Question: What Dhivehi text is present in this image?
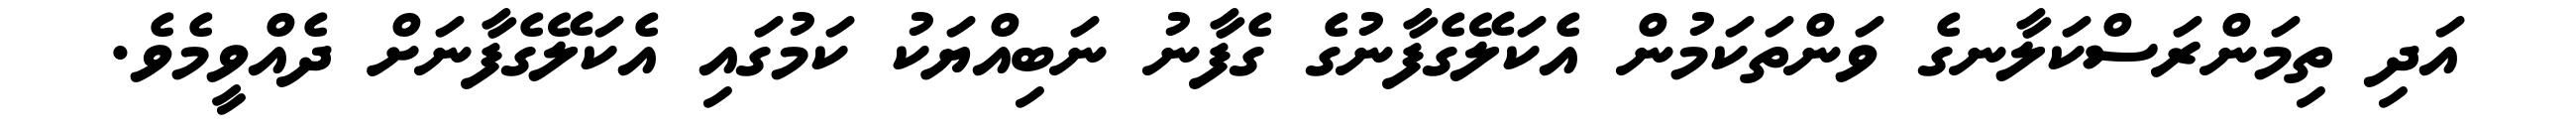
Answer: އަދި ތިމަންރަސްކަލާނގެ ވަންތަކަމުން އެކަލޭގެފާނުގެ ގެފާނު ނަބިއްޔަކު ކަމުގައި އެކަލޭގެފާނަށް ދެއްވީމެވެ.